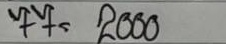
77 = 2000